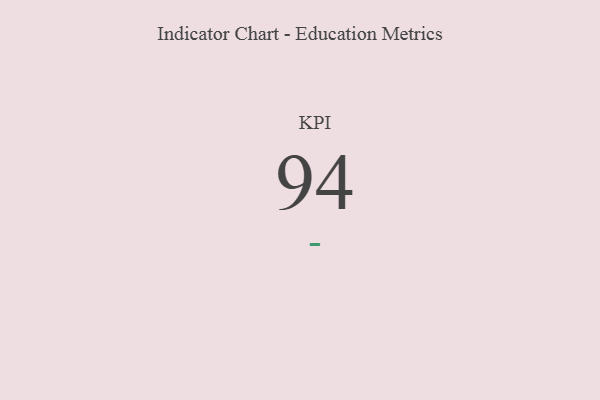
{"axis": {"x": "KPI", "y": "Value"}, "legend": [""], "data": [{"x": "KPI", "y": 94, "type": ""}]}